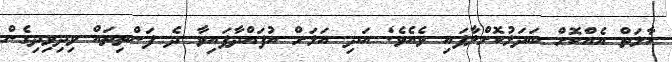
ޙާލަތް އެއްކޮށް ބަދަލުކޮށްލާފައި ވެއެވެ; އަދި އަލަށް އުފައްދާފައިވާ ދެ ފަންތިތައް ވިދިވިދިގެން